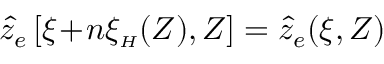
\hat { z } _ { e } \left[ \xi \! + \! n \xi _ { { \scriptscriptstyle H } } ( Z ) , Z \right] = \hat { z } _ { e } ( \xi , Z )